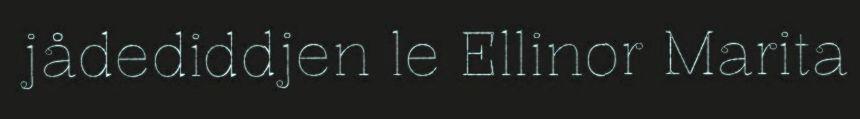
jådediddjen le Ellinor Marita